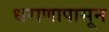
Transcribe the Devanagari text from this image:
धराणापासून